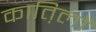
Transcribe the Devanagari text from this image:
कात़िलों